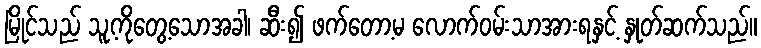
မြိုင်သည် သူ့ကိုတွေ့သောအခါ၊ ဆီး၍ ဖက်တော့မ လောက်ဝမ်းသာအားရနှင့် နှုတ်ဆက်သည်။